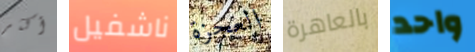
أكثر ناشفيل العجزة بالعاهرة واحد